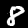
Digit: 8